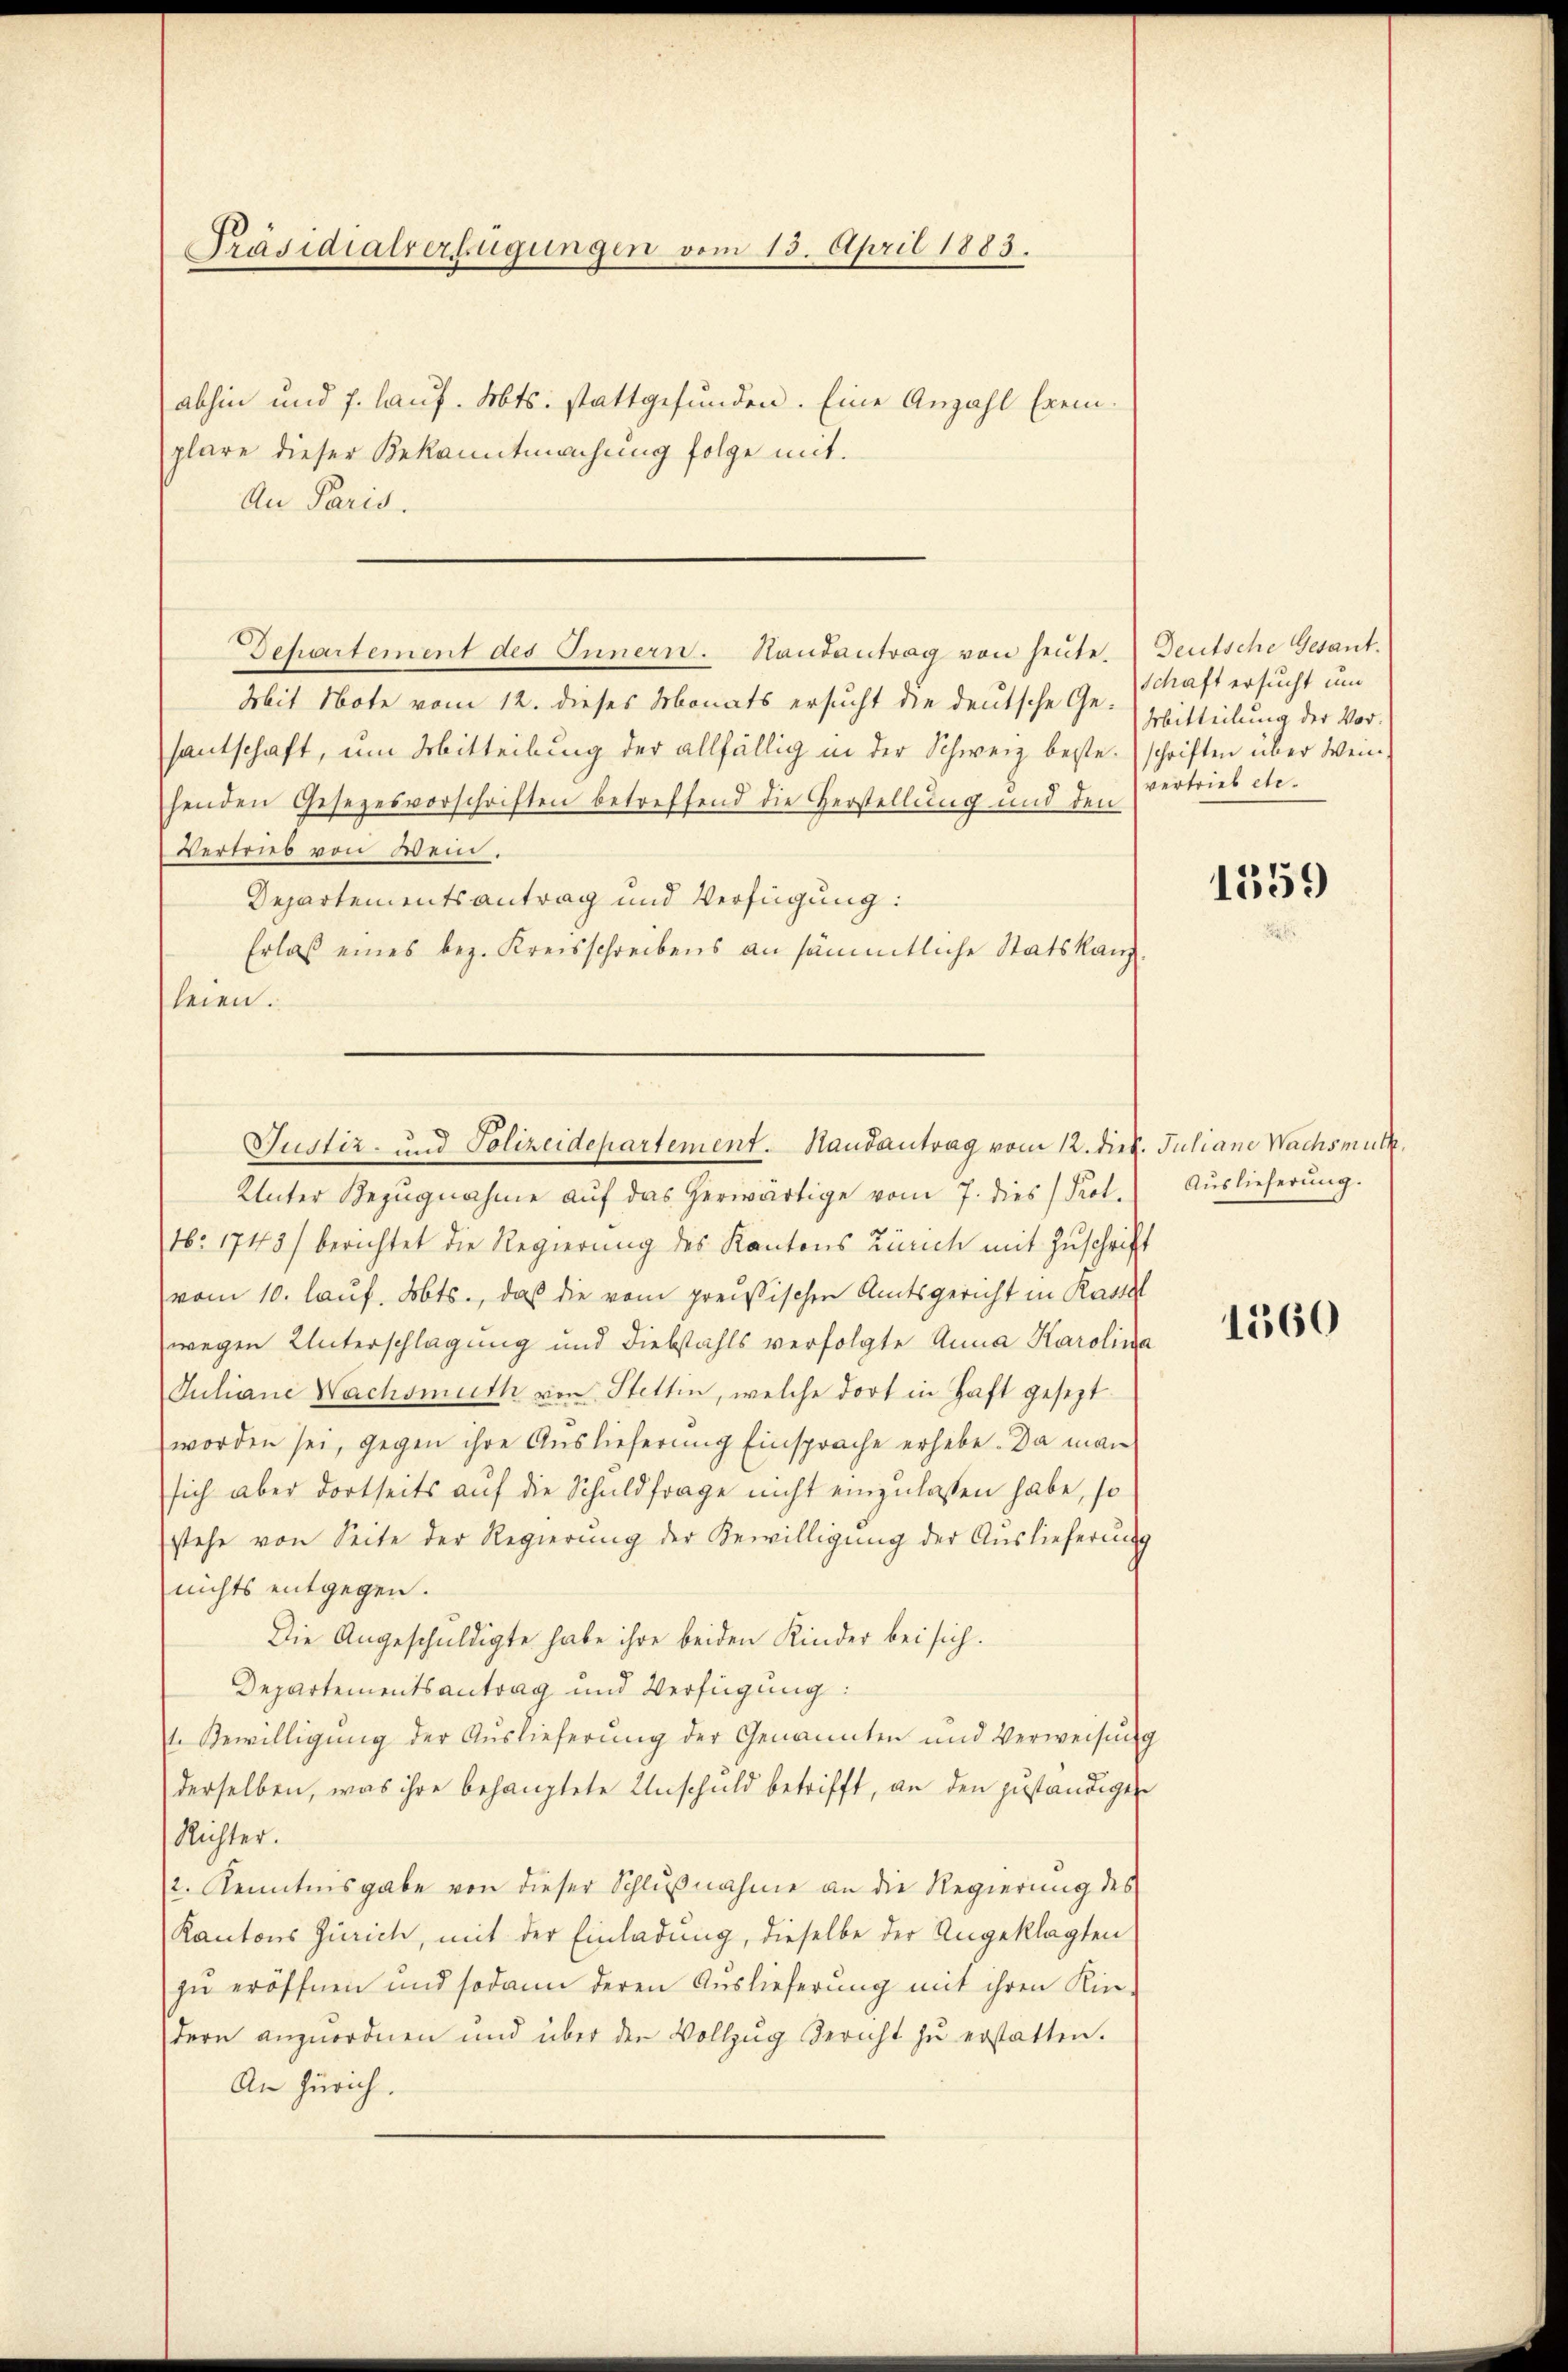
Präsidialverfügungen vom 13. April 1883.

abhin und 7. laŭf. Mts. stattgefunden. Eine Anzahl Exemplare dieser Bekanntmachung folge mit.
An Paris.
Mit Note vom 12. dieses Monats ersucht die deutsche Gesantschaft, um Mitteilung der allfällig in der Schweiz beste. (schriften über Weinhenden Gesezesvorschriften betreffend die Herstellung und den
Vertrieb von Wein.
Departementsantrag und Verfügung:
Erlaß eines bez. Kreisschreibens an sämmtliche Statskanz
heien.
Unter Bezŭgnahme auf das herwärtige vom 7. dies Prot.
16. 1745) berichtet die Regierung des Kantons Zürich mit Zuschrift
vom 10. lauf. Abts., daß die vom preußischen Amtsgericht in Rastl
wegen Unterschlagung und Diebstahls verfolgte Anna Karolin
Juliane Nachsmuth von Stettin, welche dort in Haft gesezt
worden sei, gegen ihre Auslieferung Einsprache erhebe. Da man
sich aber dortseits auf die Schuldfrage nicht einzulassen habe, so
stehe von Seite der Regierŭng der Bewilligŭng der Auslieferung
nichts entgegen.
Die Angeschuldigte habe ihre beiden Kinder bei sich.
Departementsantrag und Verfügung:
t. Bewilligŭng der Auslieferŭng der Genannten und Verweisen
derselben, was ihre behauptete Unschuld betrifft, an den zuständigen
Richter.
2. Kenntnisgabe von dieser Schlußnahme an die Regierung des
Kantons Zürich, mit der Einladung, dieselbe der Angeklagten
zu eröffnen und sodann deren Auslieferung mit ihren Kin-
dern anzuordnen und über den Vollzŭg Gericht zŭ erstatten.
An Zürich.

Dehartement des Innern. Handantrag von heute.

Justiz- und Polizeidepartement. Randantrag vom 12. dieß. Juliane Wachsmutt

Deutsche Gesant.
Schaft ersucht und
Mitteilung der Vorvertrieb etc.

1359

Auslieferung.

1560